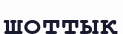
шоттық